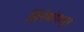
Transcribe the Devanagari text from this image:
सिनेमांपासून